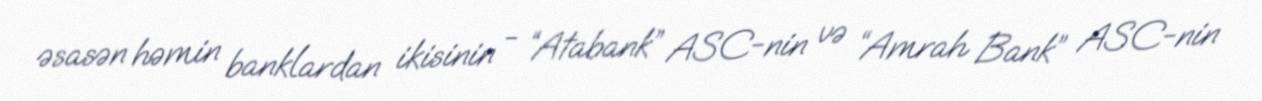
əsasən həmin banklardan ikisinin - “Atabank” ASC-nin və “Amrah Bank” ASC-nin